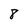
Character: 8